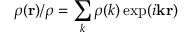
\rho ( { \bf r } ) / \rho = \sum _ { k } \rho ( k ) \exp ( i { \bf k } { \bf r } )